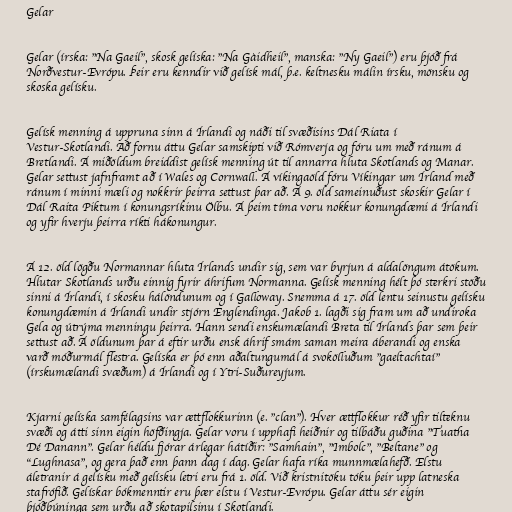
Gelar

Gelar (írska: "Na Gaeil", skosk gelíska: "Na Gàidheil", manska: "Ny Gaeil") eru þjóð frá
Norðvestur-Evrópu. Þeir eru kenndir við gelísk mál, þ.e. keltnesku málin írsku, mönsku og
skoska gelísku.

Gelísk menning á uppruna sinn á Írlandi og náði til svæðisins Dál Riata í
Vestur-Skotlandi. Að fornu áttu Gelar samskipti við Rómverja og fóru um með ránum á
Bretlandi. Á miðöldum breiddist gelísk menning út til annarra hluta Skotlands og Manar.
Gelar settust jafnframt að í Wales og Cornwall. Á víkingaöld fóru Víkingar um Írland með
ránum í minni mæli og nokkrir þeirra settust þar að. Á 9. öld sameinuðust skoskir Gelar í
Dál Raita Piktum í konungsríkinu Ölbu. Á þeim tíma voru nokkur konungdæmi á Írlandi
og yfir hverju þeirra ríkti hákonungur.

Á 12. öld lögðu Normannar hluta Írlands undir sig, sem var byrjun á aldalöngum átökum.
Hlutar Skotlands urðu einnig fyrir áhrifum Normanna. Gelísk menning hélt þó sterkri stöðu
sinni á Írlandi, í skosku hálöndunum og í Galloway. Snemma á 17. öld lentu seinustu gelísku
konungdæmin á Írlandi undir stjórn Englendinga. Jakob 1. lagði sig fram um að undiroka
Gela og útrýma menningu þeirra. Hann sendi enskumælandi Breta til Írlands þar sem þeir
settust að. Á öldunum þar á eftir urðu ensk áhrif smám saman meira áberandi og enska
varð móðurmál flestra. Gelíska er þó enn aðaltungumál á svokölluðum "gaeltachtaí"
(írskumælandi svæðum) á Írlandi og í Ytri-Suðureyjum.

Kjarni gelíska samfélagsins var ættflokkurinn (e. "clan"). Hver ættflokkur réð yfir tilteknu
svæði og átti sinn eigin höfðingja. Gelar voru í upphafi heiðnir og tilbáðu guðina "Tuatha
Dé Danann". Gelar héldu fjórar árlegar hátíðir: "Samhain", "Imbolc", "Beltane" og
"Lughnasa", og gera það enn þann dag í dag. Gelar hafa ríka munnmælahefð. Elstu
áletranir á gelísku með gelísku letri eru frá 1. öld. Við kristnitöku tóku þeir upp latneska
stafrófið. Gelískar bókmenntir eru þær elstu í Vestur-Evrópu. Gelar áttu sér eigin
þjóðbúninga sem urðu að skotapilsinu í Skotlandi.